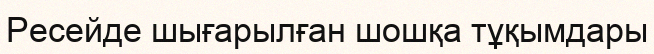
Ресейде шығарылған шошқа тұқымдары